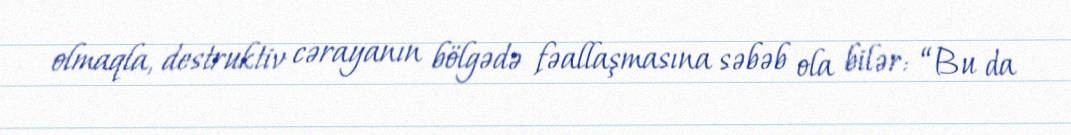
olmaqla, destruktiv cərayanın bölgədə fəallaşmasına səbəb ola bilər: “Bu da